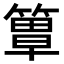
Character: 𥲺